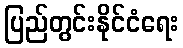
ပြည်တွင်းနိုင်ငံရေး